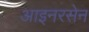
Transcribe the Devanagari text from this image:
आइनरसेन